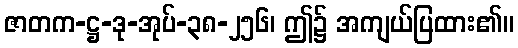
ဇာတက-ဋ္ဌ-ဒု-အုပ်-၃၈-၂၅၆၊ ဤ၌ အကျယ်ပြထား၏။